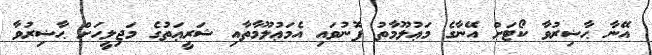
އޭނާ ޙާޟިރުވާ ކޯޓަށް އޭނާގެ މަޢުލޫމާތު ފޮނުވައި އެމަޢުލޫމާތާއި ޝަރީޢަތުގެ މަޖިލީހަށް ޙާޟިރުވާ